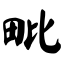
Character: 毗